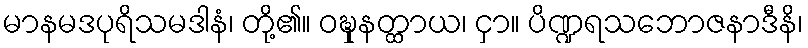
မာနမဒပုရိသမဒါနံ၊ တို့၏။ ဝဍ္ဎှနတ္ထာယ၊ ငှာ။ ပိဏ္ဍရသဘောဇနာဒီနိ၊